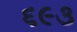
૬૯૩